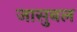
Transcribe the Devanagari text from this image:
जासुबल